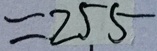
= 2 5 5